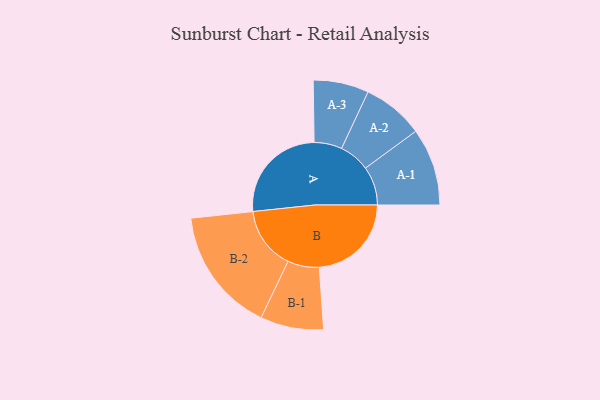
{"axis": {"x": "Segment", "y": "Value"}, "legend": ["", "A", "B"], "data": [{"x": "A", "y": 455, "type": ""}, {"x": "B", "y": 411, "type": ""}, {"x": "A-1", "y": 173, "type": "A"}, {"x": "A-2", "y": 137, "type": "A"}, {"x": "A-3", "y": 124, "type": "A"}, {"x": "B-1", "y": 141, "type": "B"}, {"x": "B-2", "y": 279, "type": "B"}]}